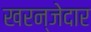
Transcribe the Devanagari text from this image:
खरन्जेदार